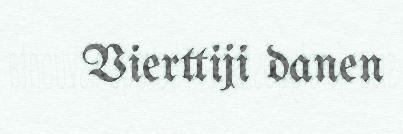
Vierttiji danen